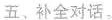
五、补全对话.